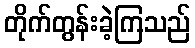
တိုက်တွန်းခဲ့ကြသည်